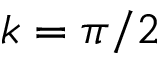
k = \pi / 2